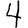
Digit: 4